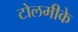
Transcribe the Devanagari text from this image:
टोलमीके